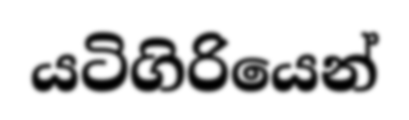
යටිගිරියෙන්